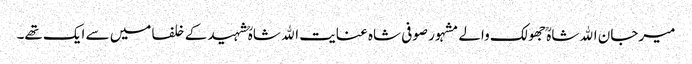
میرجان اﷲ شاہؒ جھولک والے مشہور صوفی شاہ عنایت اﷲ شاہؒ شہید کے خلفا میں سے ایک تھے۔